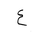
Letter: _ayn